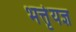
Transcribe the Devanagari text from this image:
भर्त्तृयज्ञ